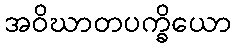
အဝိဃာတပက္ခိယော